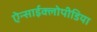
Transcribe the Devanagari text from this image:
ऐन्साईक्लोपीडिया